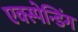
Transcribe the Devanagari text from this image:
एक्स्पेन्डिंग